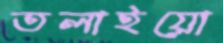
তলাইয়ো